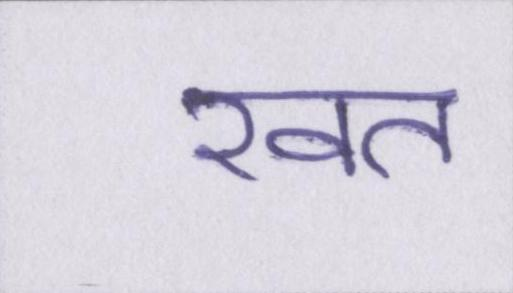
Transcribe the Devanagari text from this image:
खत